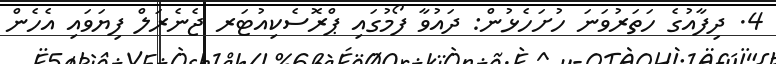
4. ދިފާއުގެ ހަތަރުވަނަ ހުށަހެޅުން: ދައުވާ ފޯމުގައި ޕްރޮސެކިއުޓަރ ޖެނެރަލް ފިޔަވައި އެހެން